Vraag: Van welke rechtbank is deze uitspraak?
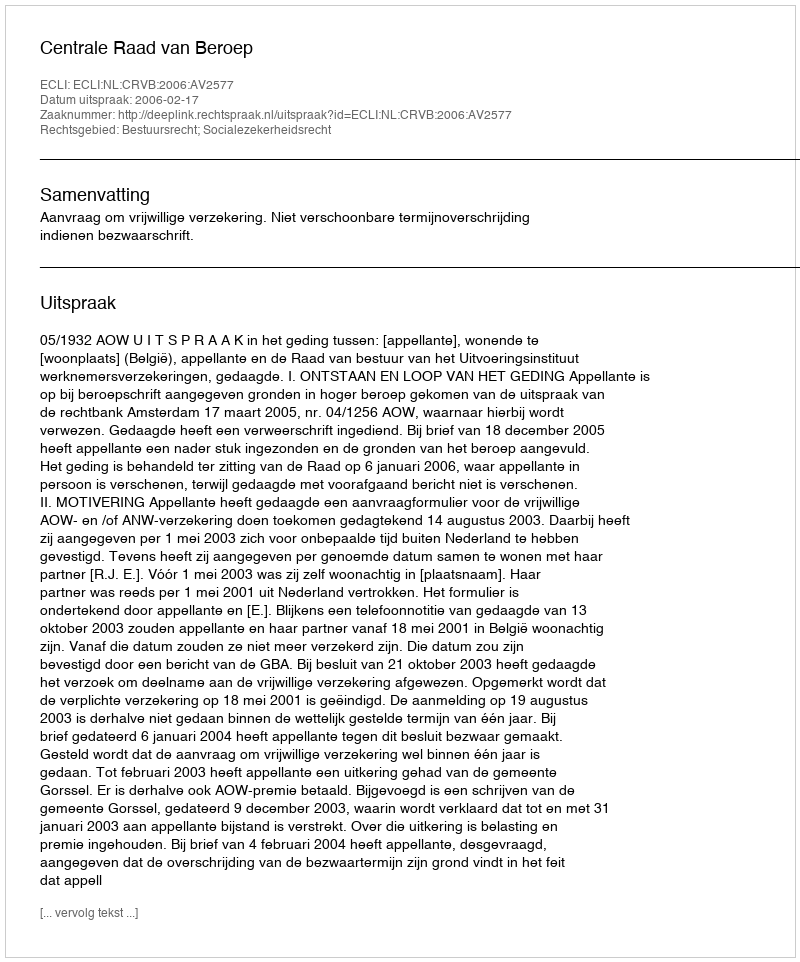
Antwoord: Centrale Raad van Beroep